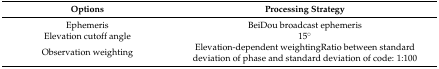
<table><thead><tr><td><b>Options</b></td><td><b>Processing Strategy</b></td></tr></thead><tbody><tr><td>Ephemeris</td><td>BeiDou broadcast ephemeris</td></tr><tr><td>Elevation cutoff angle</td><td>15°</td></tr><tr><td>Observation weighting</td><td>Elevation-dependent weightingRatio between standard deviation of phase and standard deviation of code: 1:100</td></tr></tbody></table>